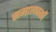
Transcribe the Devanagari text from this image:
समालचकों